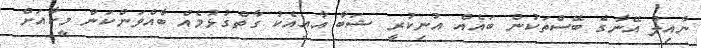
ނާއިލު އޭނާގެ ބޭސްތަކުން ބައެއް އުނިކުރީ ޝަބާ އާއިއެކު ގާތްގުޅުމެއް ބާއްވަންކަން މީކާއަށް